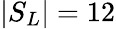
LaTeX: |S_{L}|=12